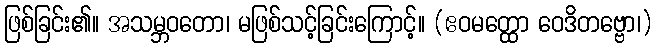
ဖြစ်ခြင်း၏။ အသမ္ဘဝတော၊ မဖြစ်သင့်ခြင်းကြောင့်။ (ဧဝမတ္ထော ဝေဒိတဗ္ဗော၊)